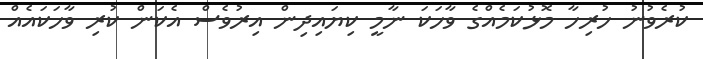
ކުރެވުނު ހުރިހާ މޮޅުކަމެއްގެ ވާހަކަ ނާމީ ކިޔައިދިން އިރުވެސް އެކަން ކުރި ވާހަކައެއް